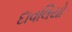
દાવલિયો